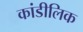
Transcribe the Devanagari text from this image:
कांडीलिक